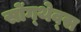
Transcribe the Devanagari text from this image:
सोंग्थेव्स